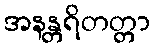
အနန္တရိတတ္တာ